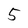
Character: 5